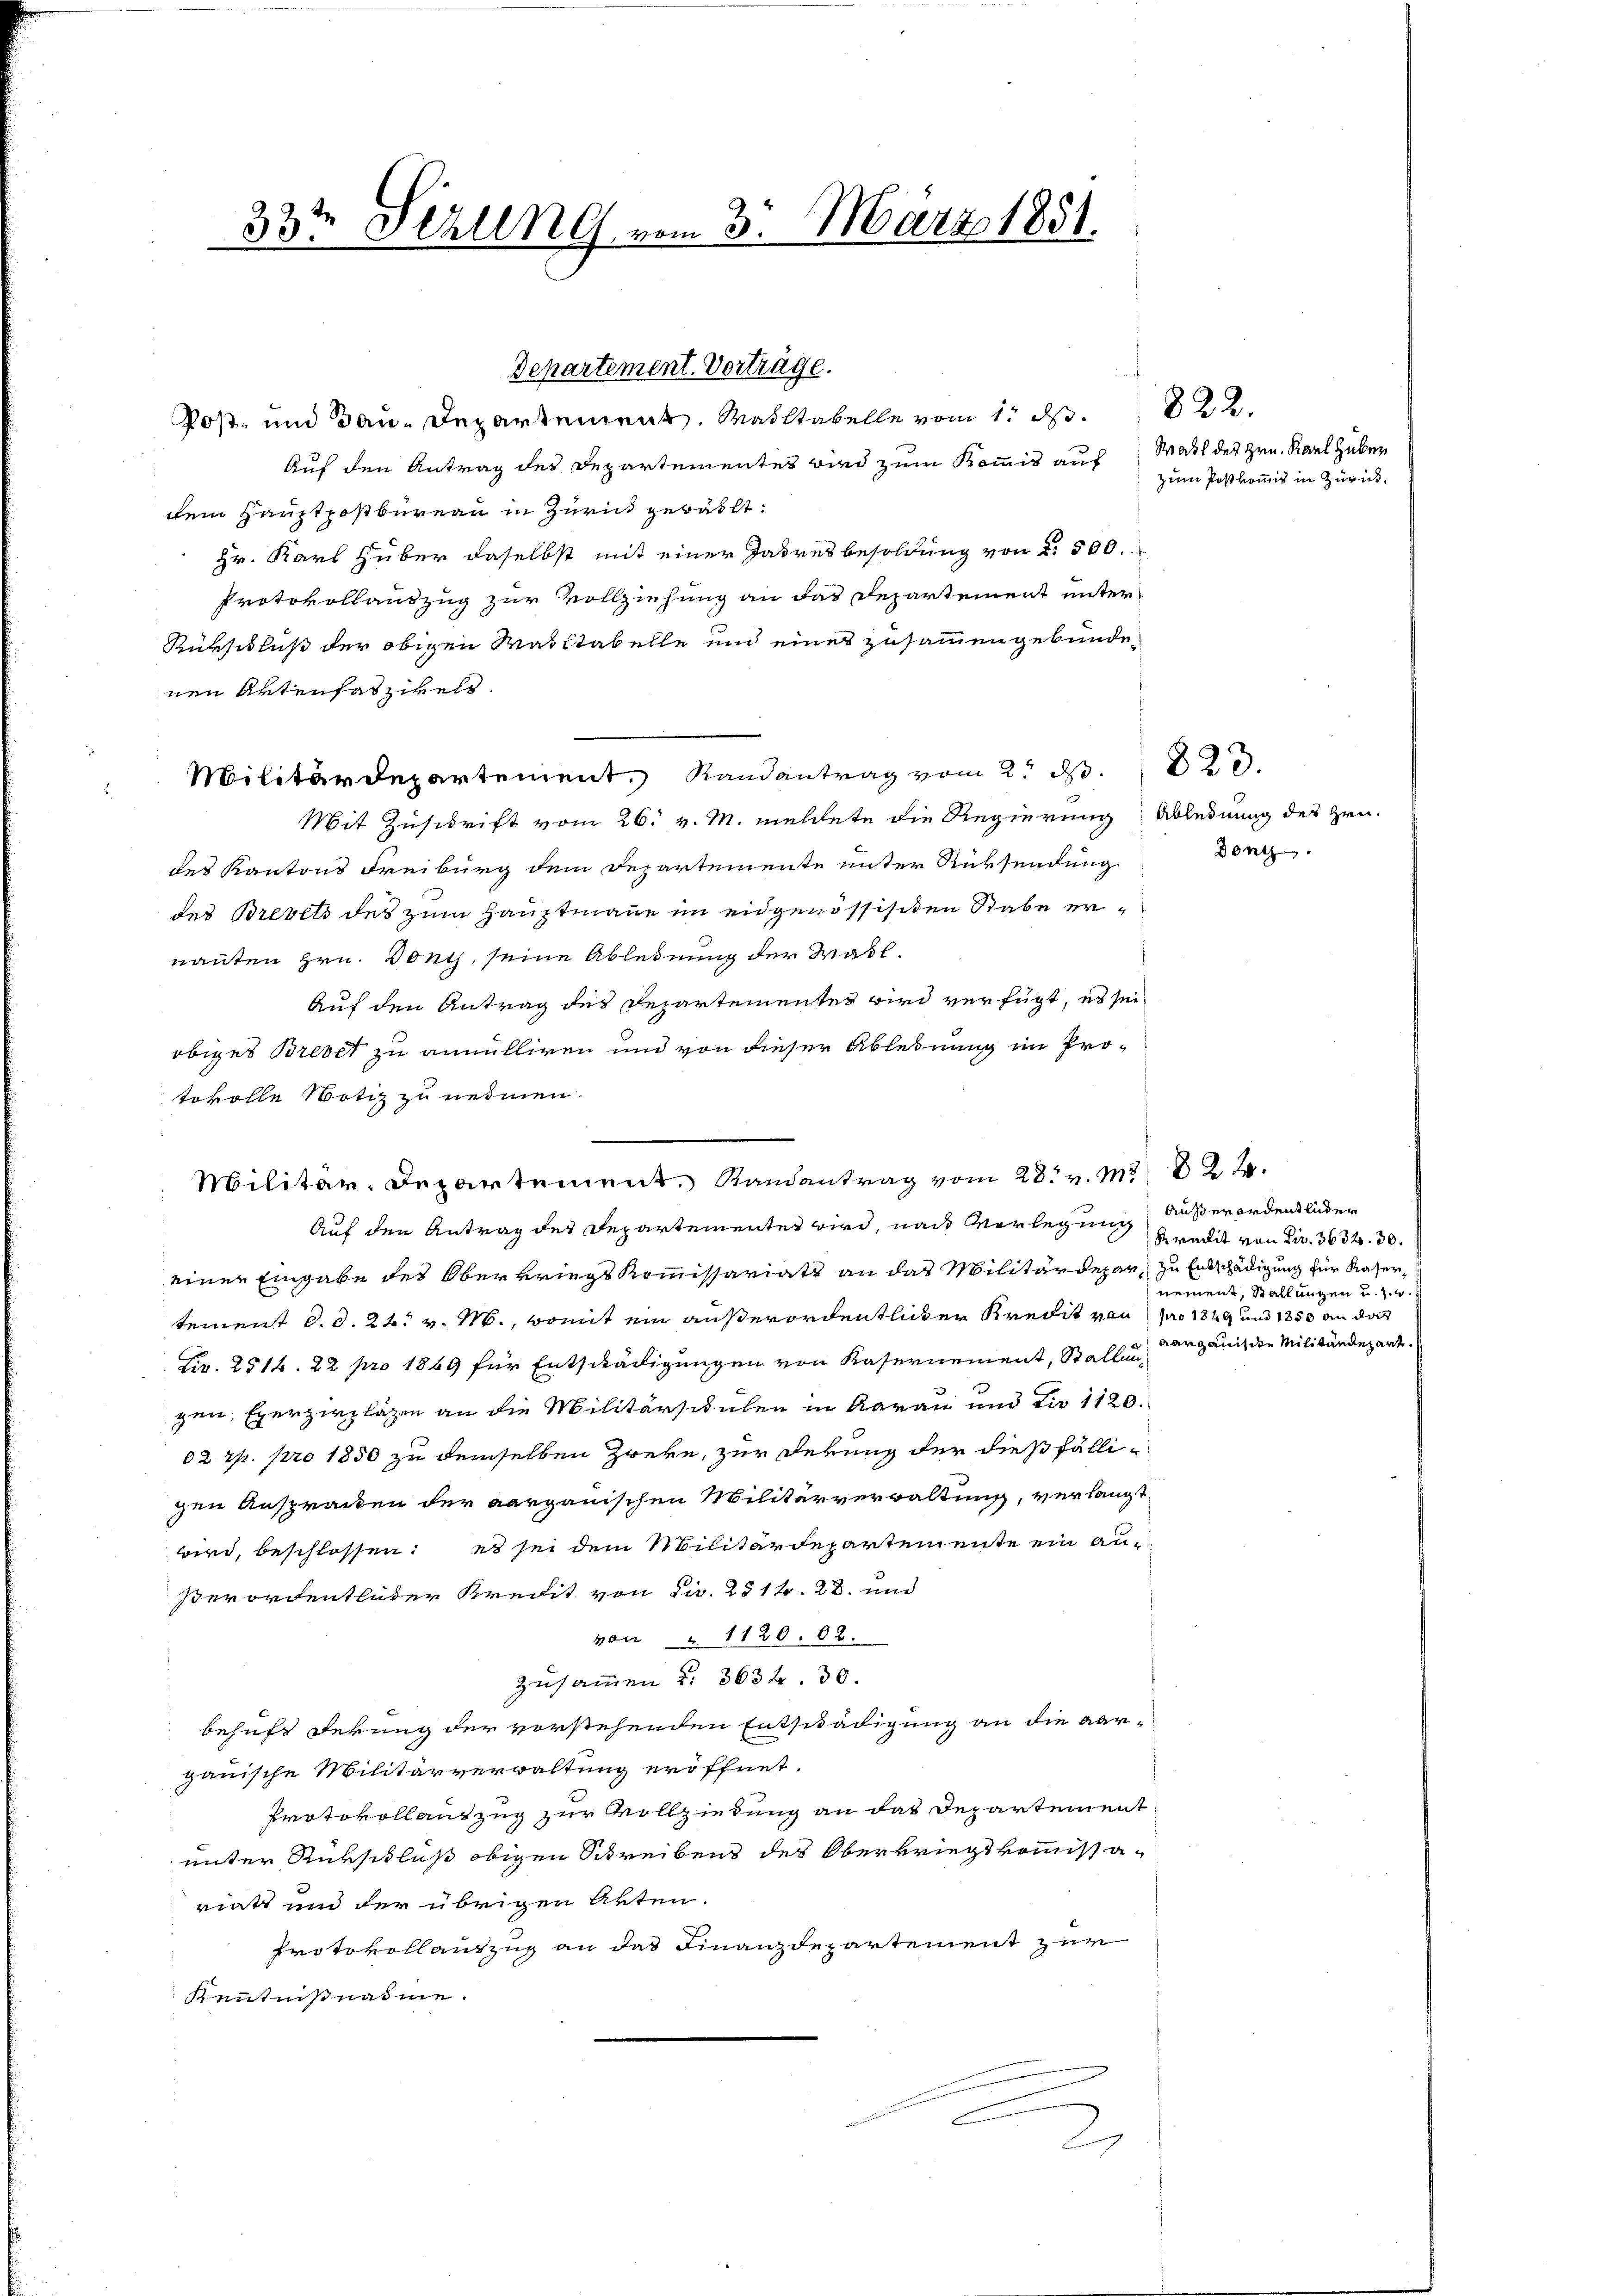
33t Sezung vom 3. März 1851.
.

Departement. Vorträge.

Post- und Bau-Departement. Mailtabelle vom 1. d. 22.
Auf den Antrag des Departementes wird zum Kommis auf Wahl des Hrn. Karl Huber
dem Hauptpostbureau in Zürick gewählt:
Hr. Karl Hüber daselbst mit einer Jahresbesoldung von §. 500.
Protokollauszug zur Vollziehung an das Departement unter-
Rükschluß der obigen Masstabelle und eines zusammengebundenen Aktenfaszikels
Mit Zuschrift vom 26. v. M. meldete die Regierung Ablednung des Hrn.
des Kantons Freiburg dem Departemente unter Rücksendung
des Brevets des zum Hauptmanne im eidgenössisiten Rabe ernanten Hrn. Dont, seine Ablehnung der Wasl.
Auf den Antrag des Departementes wird verfügt, es sei
obiges Brevet zu annulliren und von dieser Ablehnung im Protokolle Notiz zu nehmen.
Auf den Antrag des Departementes wird, nach Vorlegung außerordentluder
einer Eingabe der Oberkriegskommissariats an das Militärdepar, zu Entschädigung für Kasertement d. d. 24. v. M., womit ein außerordentlichen Kredit von pro 1849 und 1850 an das
Liv. 251. 22 pro 1869 für Entschädigungen von Kasernement, Stallung
gen, Exerzirplägen an die Militärschulen in Aarau und Dir 1120.
02 rp. pro 1850 zu demselben Zweke, zur Dekung der dießfälligen Ansprachen der aargauischen Militärverwaltung, verlangt
wird, beschlossen: es sei dem Militärdepartemente ein Au¬
Verordentluder Kredit von Civ. 251. 28. und
von " 1120. 62.
Zusammen u. 3634. 30.
behuf derung der vorstehenden Entschädigung an die Aargauische Militärverwaltung eröffnet.
Protokollantzug zur Vollziehung an das Departementunter Rückschluß obigen Schreibens des Oberkriegskommissariats und der übrigen Akten.
Protokollantzug an das Finanzdepartement zur
Kenntnißnahme.
C
2.

Militärdepartement. Randantrag vom 2. d. 20.

.
Militär-Departement. Randantrag vom 28. v. M. 822.

zum Postkommis in Zürich.

Dont

Kredit von Fr. 3634. 30.
nement, Stallungen u. s. w.
aarganis die Militärdepart.